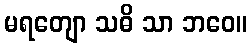
မရတျော သဓိ သာ ဘဝေ။